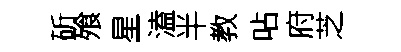
斫飱星溘半教呫府芝